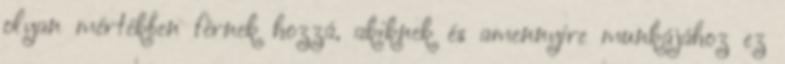
olyan mértékben férnek hozzá, akiknek és amennyire munkájához ez